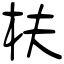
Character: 枎